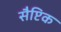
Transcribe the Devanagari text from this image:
सैप्टिक